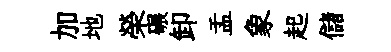
加地榮碾卸盂象起儲